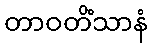
တာဝတိံသာနံ